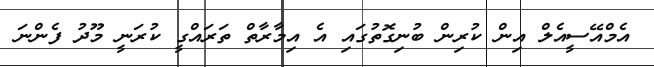
އެމްއޭސީއެލް އިން ކުރިން ބުނިގޮތުގައި އެ އިމާރާތް ތަރައްގީ ކުރަނީ މޫދު ފެންނަ